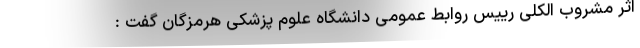
اثر مشروب الکلی رییس روابط عمومی دانشگاه علوم پزشکی هرمزگان گفت :